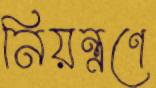
নিয়ন্ত্রণে